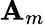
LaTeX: \mathbf{A}_{m}